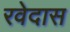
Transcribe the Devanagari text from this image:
रवेदास